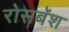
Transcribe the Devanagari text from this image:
रोसबॅश